Sketch of the medical history of the native army of Bombay, for the year
Year: 1870
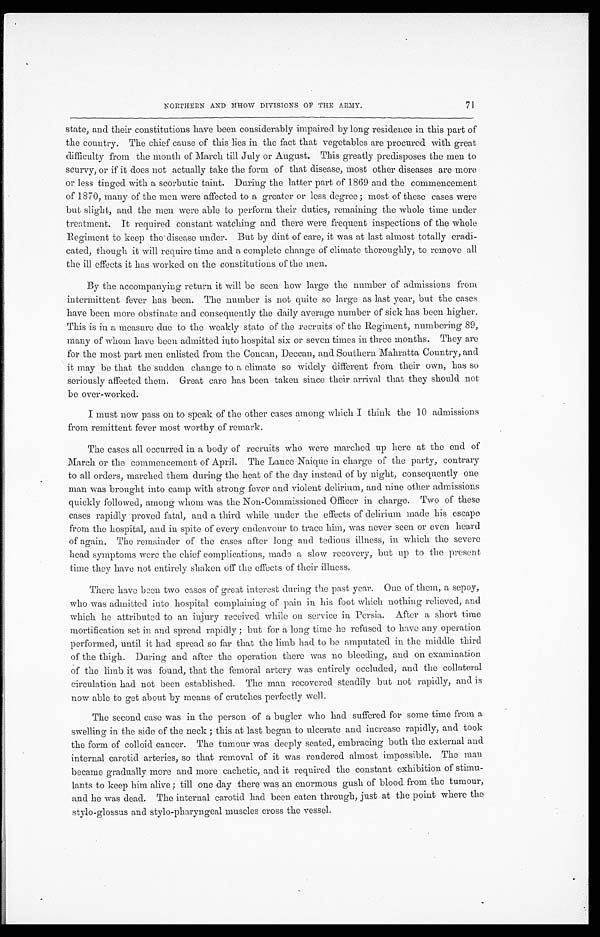
NORTHERN AND MHOW DIVISIONS OF THE ARMY.
7 1
state, and their constitutions have been considerably impaired by long residence in this part of
the country. The chief cause of this lies in the fact that vegetables are procured with great
difficulty from the month of March till July or August. This greatly predisposes the men to
scurvy, or if it does not actually take the form of that disease, most other diseases are more
or less tinged with a scorbutic taint. During the latter part of 1869 and the commencement
of 1870, many of the men were affected to a greater or less degree ; most of these cases were
but slight, and the men were able to perform their duties, remaining the whole time under
treatment. It required constant watching and there were frequent inspections of the whole
Regiment to keep the disease under. But by dint of care, it was at last almost totally eradi--
cated, though it will require time and a complete change of climate thoroughly, to remove all
the ill effects it has worked on the constitutions of the men.
By the accompanying return it will be seen how large the number of admissions from
intermittent fever has been. The number is not quite so large as last year, but the cases
have been more obstinate and consequently the daily average number of sick has been higher.
This is in a measure due to the weakly state of the recruits of the Regiment, numbering 89,
many of whom have been admitted into hospital six or seven times in three months. They are
for the most part men enlisted from the Concan, Deccan, and Southern Mahratta Country, and
it may be that the sudden change to a climate so widely different from their own, has so
seriously affected them. Great care has been taken since their arrival that they should not
be over-worked.
I must now pass on to speak of the other cases among which I think the 10 admissions
from remittent fever most worthy of remark.
The cases all occurred in a body of recruits who were marched up here at the end of
March or the commencement of April. The Lance Naique in charge of the party, contrary
to all orders, marched them during the heat of the day instead of by night, consequently one
man was brought into camp with strong fever and violent delirium, and nine other admissions
quickly followed, among whom was the Non-Commissioned Officer in charge. Two of these
cases rapidly proved fatal, and a third while under the effects of delirium made his escape
from the hospital, and in spite of every endeavour to trace him, was never seen or even heard
of again. The remainder of the cases after long and tedious illness, in which the severe
head symptoms were the chief complications, made a slow recovery, but up to the present
time they have not entirely shaken off the effects of their illness.
There have been two cases of great interest during the past year. One of them, a sepoy,
who was admitted into hospital complaining of pain in his foot which nothing relieved, and
which he attributed to an injury received while on service in Persia. After a short time
mortification set in and spread rapidly ; but for a long time he refused to have any operation
performed, until it had spread so far that the limb had to be amputated in the middle third
of the thigh. During and after the operation there was no bleeding, and on examination
of the limb it was found, that the femoral artery was entirely occluded, and the collateral
circulation had not been established. The man recovered steadily but not rapidly, and is
now able to get about by means of crutches perfectly well.
The second case was in the person of a bugler who had suffered for some time from a
swelling in the side of the neck ; this at last began to ulcerate and increase rapidly, and took
the form of colloid cancer. The tumour was deeply seated, embracing both the external and
internal carotid arteries, so that removal of it was rendered almost impossible. The man
became gradually more and more cachetic, and it required the constant exhibition of stimu--
lants to keep him alive; till one day there was an enormous gush of blood from the tumour,
and he was dead. The internal carotid had been eaten through, just at the point where the
stylo-glossus and stylo-pharyngeal muscles cross the vessel.